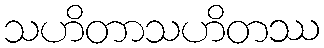
သဟိတာသဟိတဿ